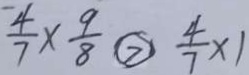
\frac { 4 } { 7 } \times \frac { 9 } { 8 } \textcircled { > } \frac { 4 } { 7 } \times 1